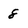
Character: 8